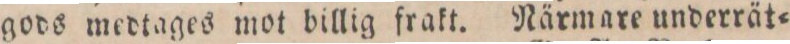
gods medtages mot billig frakt. Närmare underrät=